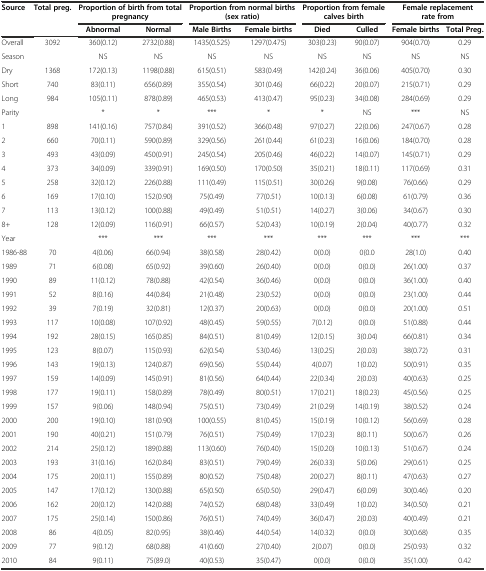
<table><thead><tr><td rowspan="2"><b>Source</b></td><td rowspan="2"><b>Total preg.</b></td><td colspan="2"><b>Proportion of birth from total pregnancy</b></td><td colspan="2"><b>Proportion from normal births (sex ratio)</b></td><td colspan="2"><b>Proportion from female calves birth</b></td><td colspan="2"><b>Female replacement rate from</b></td></tr><tr><td><b>Abnormal</b></td><td><b>Normal</b></td><td><b>Male Births</b></td><td><b>Female births</b></td><td><b>Died</b></td><td><b>Culled</b></td><td><b>Female births</b></td><td><b>Total Preg.</b></td></tr></thead><tbody><tr><td>Overall</td><td>3092</td><td>360(0.12)</td><td>2732(0.88)</td><td>1435(0.525)</td><td>1297(0.475)</td><td>303(0.23)</td><td>90(0.07)</td><td>904(0.70)</td><td>0.29</td></tr><tr><td>Season</td><td></td><td>NS</td><td>NS</td><td>NS</td><td>NS</td><td>NS</td><td>NS</td><td>NS</td><td>NS</td></tr><tr><td>Dry</td><td>1368</td><td>172(0.13)</td><td>1198(0.88)</td><td>615(0.51)</td><td>583(0.49)</td><td>142(0.24)</td><td>36(0.06)</td><td>405(0.70)</td><td>0.30</td></tr><tr><td>Short</td><td>740</td><td>83(0.11)</td><td>656(0.89)</td><td>355(0.54)</td><td>301(0.46)</td><td>66(0.22)</td><td>20(0.07)</td><td>215(0.71)</td><td>0.29</td></tr><tr><td>Long</td><td>984</td><td>105(0.11)</td><td>878(0.89)</td><td>465(0.53)</td><td>413(0.47)</td><td>95(0.23)</td><td>34(0.08)</td><td>284(0.69)</td><td>0.29</td></tr><tr><td>Parity</td><td></td><td>*</td><td>*</td><td>***</td><td>*</td><td>*</td><td>NS</td><td>***</td><td>NS</td></tr><tr><td>1</td><td>898</td><td>141(0.16)</td><td>757(0.84)</td><td>391(0.52)</td><td>366(0.48)</td><td>97(0.27)</td><td>22(0.06)</td><td>247(0.67)</td><td>0.28</td></tr><tr><td>2</td><td>660</td><td>70(0.11)</td><td>590(0.89)</td><td>329(0.56)</td><td>261(0.44)</td><td>61(0.23)</td><td>16(0.06)</td><td>184(0.70)</td><td>0.28</td></tr><tr><td>3</td><td>493</td><td>43(0.09)</td><td>450(0.91)</td><td>245(0.54)</td><td>205(0.46)</td><td>46(0.22)</td><td>14(0.07)</td><td>145(0.71)</td><td>0.29</td></tr><tr><td>4</td><td>373</td><td>34(0.09)</td><td>339(0.91)</td><td>169(0.50)</td><td>170(0.50)</td><td>35(0.21)</td><td>18(0.11)</td><td>117(0.69)</td><td>0.31</td></tr><tr><td>5</td><td>258</td><td>32(0.12)</td><td>226(0.88)</td><td>111(0.49)</td><td>115(0.51)</td><td>30(0.26)</td><td>9(0.08)</td><td>76(0.66)</td><td>0.29</td></tr><tr><td>6</td><td>169</td><td>17(0.10)</td><td>152(0.90)</td><td>75(0.49)</td><td>77(0.51)</td><td>10(0.13)</td><td>6(0.08)</td><td>61(0.79)</td><td>0.36</td></tr><tr><td>7</td><td>113</td><td>13(0.12)</td><td>100(0.88)</td><td>49(0.49)</td><td>51(0.51)</td><td>14(0.27)</td><td>3(0.06)</td><td>34(0.67)</td><td>0.30</td></tr><tr><td>8+</td><td>128</td><td>12(0.09)</td><td>116(0.91)</td><td>66(0.57)</td><td>52(0.43)</td><td>10(0.19)</td><td>2(0.04)</td><td>40(0.77)</td><td>0.32</td></tr><tr><td>Year</td><td></td><td>***</td><td>***</td><td>***</td><td>***</td><td>***</td><td>***</td><td>***</td><td>***</td></tr><tr><td>1986-88</td><td>70</td><td>4(0.06)</td><td>66(0.94)</td><td>38(0.58)</td><td>28(0.42)</td><td>0(0.0)</td><td>0(0.0</td><td>28(1.0)</td><td>0.40</td></tr><tr><td>1989</td><td>71</td><td>6(0.08)</td><td>65(0.92)</td><td>39(0.60)</td><td>26(0.40)</td><td>0(0.0)</td><td>0(0.0)</td><td>26(1.00)</td><td>0.37</td></tr><tr><td>1990</td><td>89</td><td>11(0.12)</td><td>78(0.88)</td><td>42(0.54)</td><td>36(0.46)</td><td>0(0.0)</td><td>0(0.0)</td><td>36(1.00)</td><td>0.40</td></tr><tr><td>1991</td><td>52</td><td>8(0.16)</td><td>44(0.84)</td><td>21(0.48)</td><td>23(0.52)</td><td>0(0.0)</td><td>0(0.0)</td><td>23(1.00)</td><td>0.44</td></tr><tr><td>1992</td><td>39</td><td>7(0.19)</td><td>32(0.81)</td><td>12(0.37)</td><td>20(0.63)</td><td>0(0.0)</td><td>0(0.0)</td><td>20(1.00)</td><td>0.51</td></tr><tr><td>1993</td><td>117</td><td>10(0.08)</td><td>107(0.92)</td><td>48(0.45)</td><td>59(0.55)</td><td>7(0.12)</td><td>0(0.0)</td><td>51(0.88)</td><td>0.44</td></tr><tr><td>1994</td><td>192</td><td>28(0.15)</td><td>165(0.85)</td><td>84(0.51)</td><td>81(0.49)</td><td>12(0.15)</td><td>3(0.04)</td><td>66(0.81)</td><td>0.34</td></tr><tr><td>1995</td><td>123</td><td>8(0.07)</td><td>115(0.93)</td><td>62(0.54)</td><td>53(0.46)</td><td>13(0.25)</td><td>2(0.03)</td><td>38(0.72)</td><td>0.31</td></tr><tr><td>1996</td><td>143</td><td>19(0.13)</td><td>124(0.87)</td><td>69(0.56)</td><td>55(0.44)</td><td>4(0.07)</td><td>1(0.02)</td><td>50(0.91)</td><td>0.35</td></tr><tr><td>1997</td><td>159</td><td>14(0.09)</td><td>145(0.91)</td><td>81(0.56)</td><td>64(0.44)</td><td>22(0.34)</td><td>2(0.03)</td><td>40(0.63)</td><td>0.25</td></tr><tr><td>1998</td><td>177</td><td>19(0.11)</td><td>158(0.89)</td><td>78(0.49)</td><td>80(0.51)</td><td>17(0.21)</td><td>18(0.23)</td><td>45(0.56)</td><td>0.25</td></tr><tr><td>1999</td><td>157</td><td>9(0.06)</td><td>148(0.94)</td><td>75(0.51)</td><td>73(0.49)</td><td>21(0.29)</td><td>14(0.19)</td><td>38(0.52)</td><td>0.24</td></tr><tr><td>2000</td><td>200</td><td>19(0.10)</td><td>181(0.90)</td><td>100(0.55)</td><td>81(0.45)</td><td>15(0.19)</td><td>10(0.12)</td><td>56(0.69)</td><td>0.28</td></tr><tr><td>2001</td><td>190</td><td>40(0.21)</td><td>151(0.79)</td><td>76(0.51)</td><td>75(0.49)</td><td>17(0.23)</td><td>8(0.11)</td><td>50(0.67)</td><td>0.26</td></tr><tr><td>2002</td><td>214</td><td>25(0.12)</td><td>189(0.88)</td><td>113(0.60)</td><td>76(0.40)</td><td>15(0.20)</td><td>10(0.13)</td><td>51(0.67)</td><td>0.24</td></tr><tr><td>2003</td><td>193</td><td>31(0.16)</td><td>162(0.84)</td><td>83(0.51)</td><td>79(0.49)</td><td>26(0.33)</td><td>5(0.06)</td><td>29(0.61)</td><td>0.25</td></tr><tr><td>2004</td><td>175</td><td>20(0.11)</td><td>155(0.89)</td><td>80(0.52)</td><td>75(0.48)</td><td>20(0.27)</td><td>8(0.11)</td><td>47(0.63)</td><td>0.27</td></tr><tr><td>2005</td><td>147</td><td>17(0.12)</td><td>130(0.88)</td><td>65(0.50)</td><td>65(0.50)</td><td>29(0.47)</td><td>6(0.09)</td><td>30(0.46)</td><td>0.20</td></tr><tr><td>2006</td><td>162</td><td>20(0.12)</td><td>142(0.88)</td><td>74(0.52)</td><td>68(0.48)</td><td>33(0.49)</td><td>1(0.02)</td><td>34(0.50)</td><td>0.21</td></tr><tr><td>2007</td><td>175</td><td>25(0.14)</td><td>150(0.86)</td><td>76(0.51)</td><td>74(0.49)</td><td>36(0.47)</td><td>2(0.03)</td><td>40(0.49)</td><td>0.21</td></tr><tr><td>2008</td><td>86</td><td>4(0.05)</td><td>82(0.95)</td><td>38(0.46)</td><td>44(0.54)</td><td>14(0.32)</td><td>0(0.0)</td><td>30(0.68)</td><td>0.35</td></tr><tr><td>2009</td><td>77</td><td>9(0.12)</td><td>68(0.88)</td><td>41(0.60)</td><td>27(0.40)</td><td>2(0.07)</td><td>0(0.0)</td><td>25(0.93)</td><td>0.32</td></tr><tr><td>2010</td><td>84</td><td>9(0.11)</td><td>75(89.0)</td><td>40(0.53)</td><td>35(0.47)</td><td>0(0.0)</td><td>0(0.0)</td><td>35(1.00)</td><td>0.42</td></tr></tbody></table>